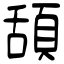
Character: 頢